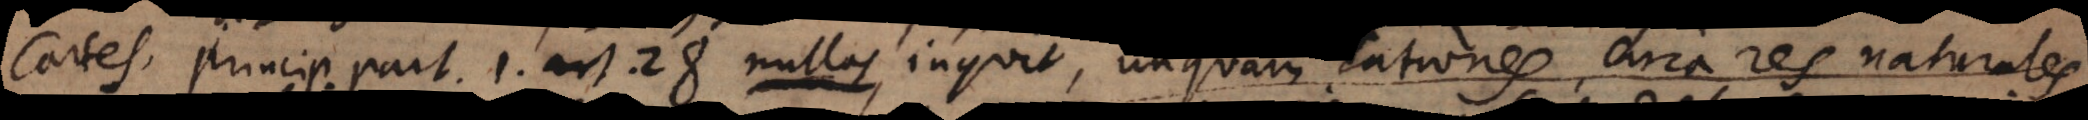
Cartesius Princip. part. 1. art. 28 nullas inquit, unquam rationes circa res naturales